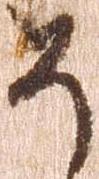
そ